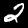
Label: 2